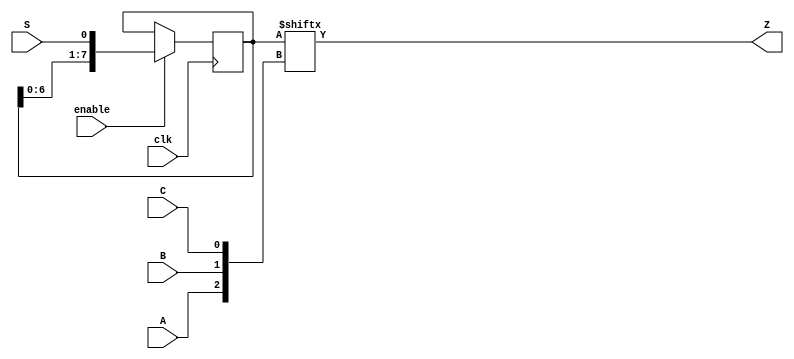
module top_module (
    input clk,
    input enable,
    input S,
    input A, B, C,
    output Z ); 

    wire [7:0] otemp;
    always @(posedge clk) begin
        if(enable)
            otemp <= { otemp[6:0], S };
    end
    assign Z = otemp[{A, B, C}];
  
endmodule